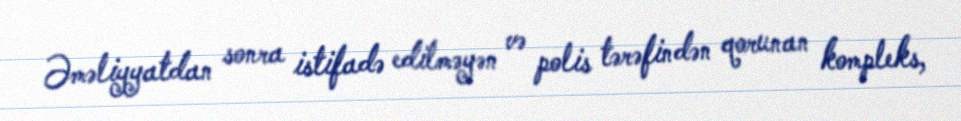
Əməliyyatdan sonra istifadə edilməyən və polis tərəfindən qorunan kompleks,